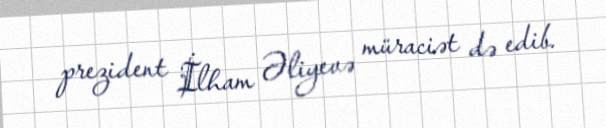
prezident İlham Əliyevə müraciət də edib.